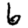
Digit: 6